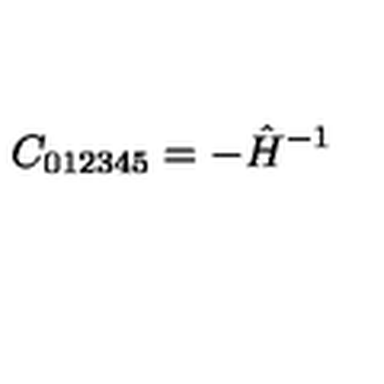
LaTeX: C _ { 0 1 2 3 4 5 } = - \hat { H } ^ { - 1 }